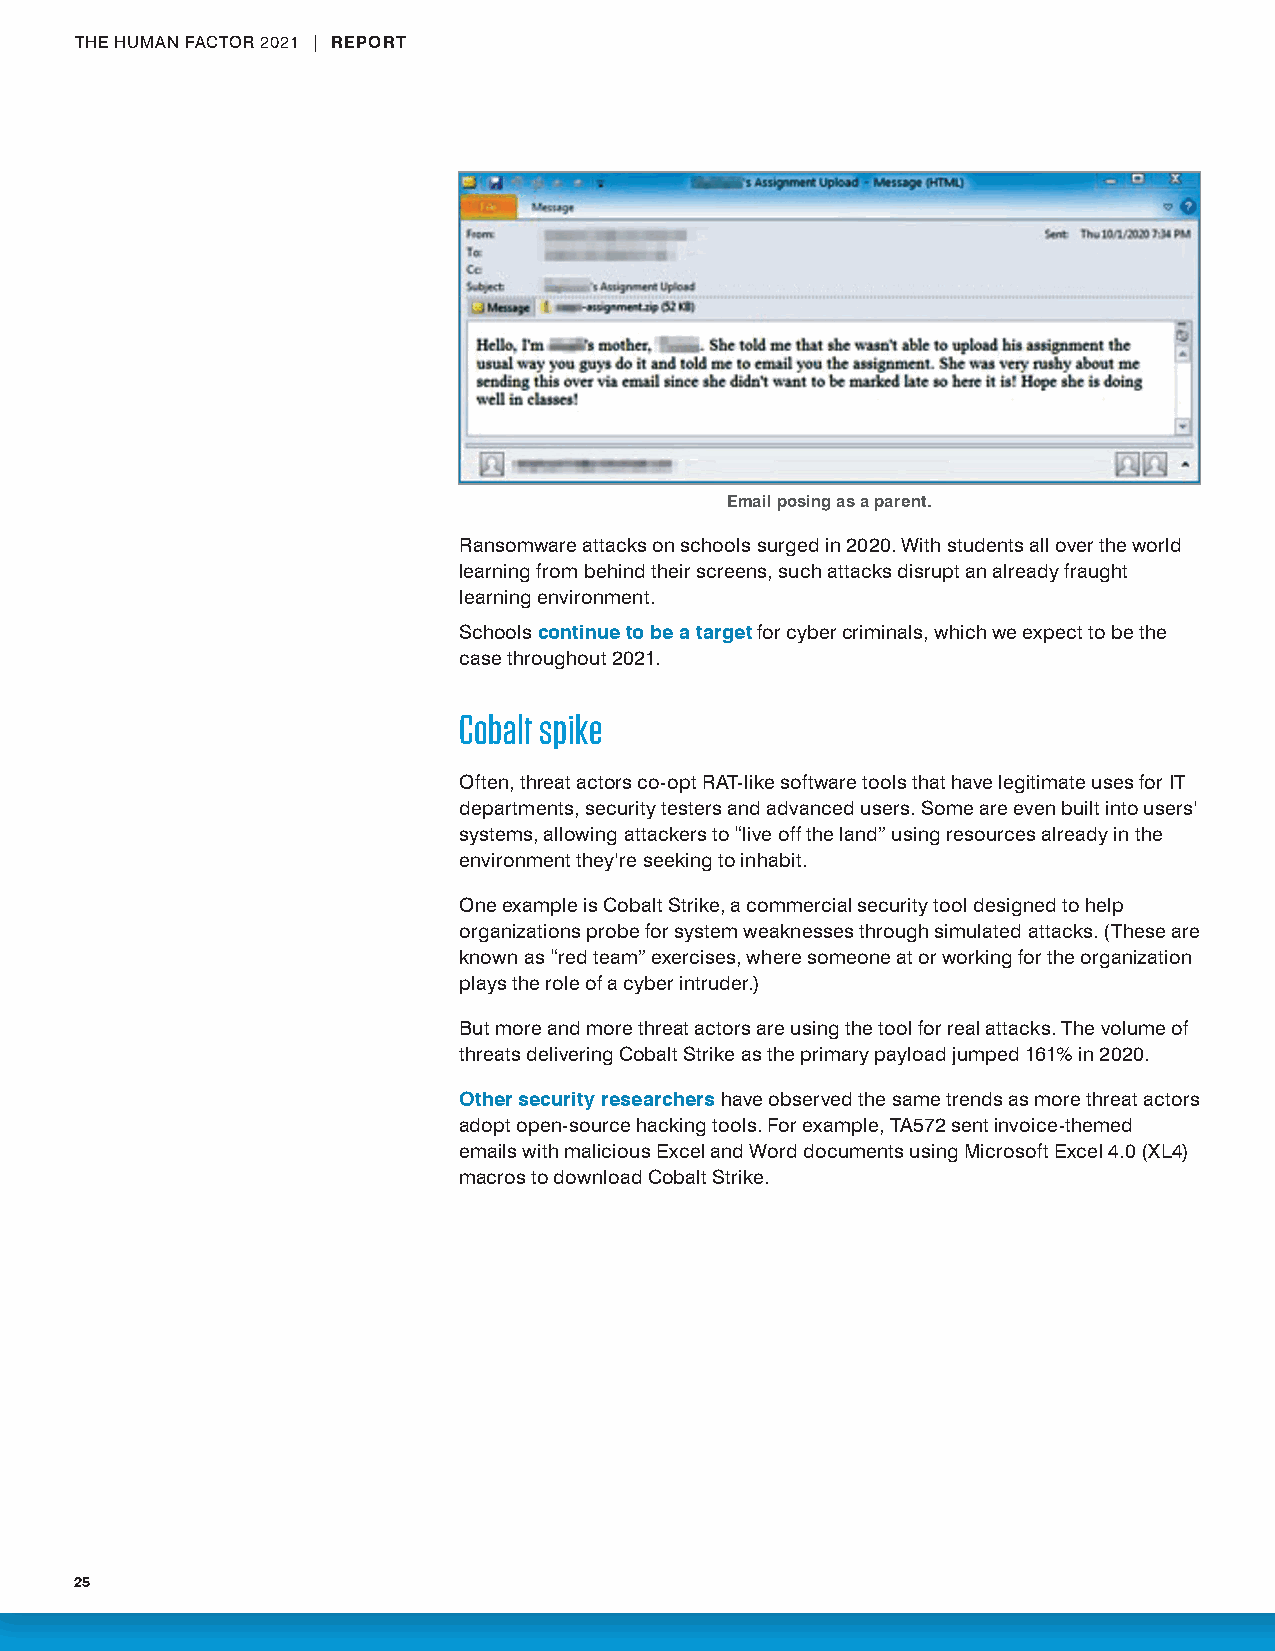
THE HUMAN FACTOR 2021 | REPORT
 Email posing as a parent.
 Ransomware attacks on schools surged in 2020. With students all over the world
 learning from behind their screens, such attacks disrupt an already fraught
 learning environment.
 Schools continue to be a target for cyber criminals, which we expect to be the
 case throughout 2021.
 Cobalt spike
 Often, threat actors co-opt RAT-like software tools that have legitimate uses for IT
 departments, security testers and advanced users. Some are even built into users’
 systems, allowing attackers to “live off the land” using resources already in the
 environment they’re seeking to inhabit.
 One example is Cobalt Strike, a commercial security tool designed to help
 organizations probe for system weaknesses through simulated attacks. (These are
 known as “red team” exercises, where someone at or working for the organization
 plays the role of a cyber intruder.)
 But more and more threat actors are using the tool for real attacks. The volume of
 threats delivering Cobalt Strike as the primary payload jumped 161% in 2020.
 Other security researchers have observed the same trends as more threat actors
 adopt open-source hacking tools. For example, TA572 sent invoice-themed
 emails with malicious Excel and Word documents using Microsoft Excel 4.0 (XL4)
 macros to download Cobalt Strike.
 25